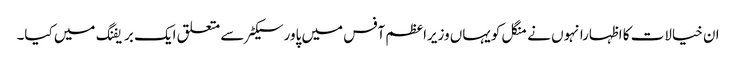
ان خیالات کا اظہارانہوں نے منگل کویہاں وزیراعظم آفس میں پاورسیکٹر سے متعلق ایک بریفنگ میں کیا۔